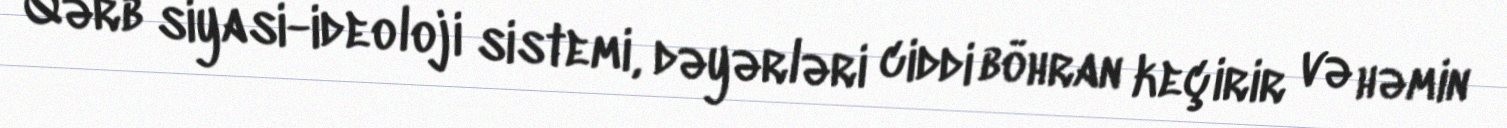
Qərb siyasi-ideoloji sistemi, dəyərləri ciddi böhran keçirir və həmin